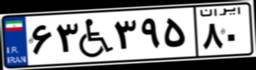
۶۳W۳۹۵۸۰